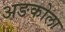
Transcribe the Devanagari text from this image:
अङकोला